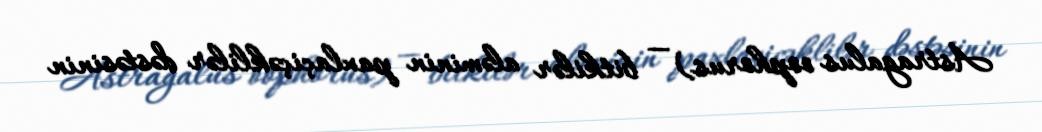
Astragalus oophorus) — bitkilər aləminin paxlaçiçəklilər dəstəsinin